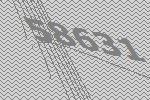
58631